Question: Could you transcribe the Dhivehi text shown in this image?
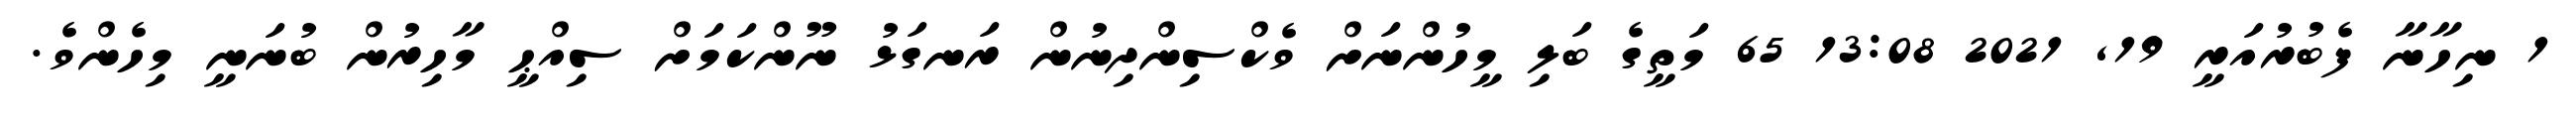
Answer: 1 ނިހާނާ ފެބުރުއަރީ 19, 2021 13:08 65 މަތީގެ ބަލި މީހުންނަށް ވެކްސިންދިނުން ރަނގަޅު ނޫންކަމަށް ސިއްޙީ މާހިރުން ބުނަނީ މިހެންވެ.